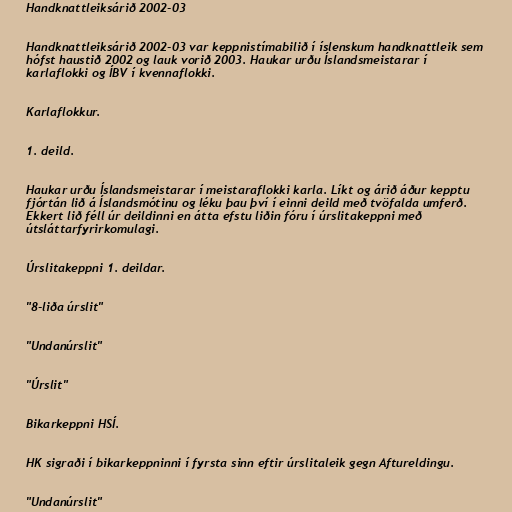
Handknattleiksárið 2002-03

Handknattleiksárið 2002-03 var keppnistímabilið í íslenskum handknattleik sem
hófst haustið 2002 og lauk vorið 2003. Haukar urðu Íslandsmeistarar í
karlaflokki og ÍBV í kvennaflokki.

Karlaflokkur.

1. deild.

Haukar urðu Íslandsmeistarar í meistaraflokki karla. Líkt og árið áður kepptu
fjórtán lið á Íslandsmótinu og léku þau því í einni deild með tvöfalda umferð.
Ekkert lið féll úr deildinni en átta efstu liðin fóru í úrslitakeppni með
útsláttarfyrirkomulagi.

Úrslitakeppni 1. deildar.

"8-liða úrslit"

"Undanúrslit"

"Úrslit"

Bikarkeppni HSÍ.

HK sigraði í bikarkeppninni í fyrsta sinn eftir úrslitaleik gegn Aftureldingu.

"Undanúrslit"